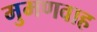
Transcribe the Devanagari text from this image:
मुमणवाह